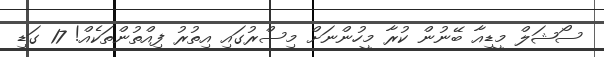
ސޯޝަލް މީޑިއާ ބޭނުން ކުރާ މީހުންނަށް މިސްރުގައި އިތުރު ފިއްތުންތަކެއް! 17 ގަޑި